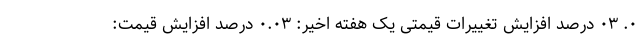
۰. ۰۳ درصد افزایش تغییرات قیمتی یک هفته اخیر: ۰.۰۳ درصد افزایش قیمت: